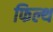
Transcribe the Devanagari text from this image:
फिल्थ